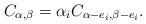
LaTeX: \begin{align*} C_{\alpha,\beta}=\alpha_iC_{\alpha-e_i,\beta-e_i}. \end{align*}